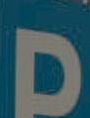
D